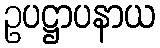
ဥပဋ္ဌာပနာယ